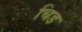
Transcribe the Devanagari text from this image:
चिड